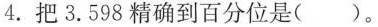
4.把3.598精确到百分位是()。